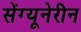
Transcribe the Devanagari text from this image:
सेंग्यूनेरीन